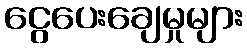
ငွေပေးချေမှုများ